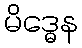
မိဒ္ဓေန